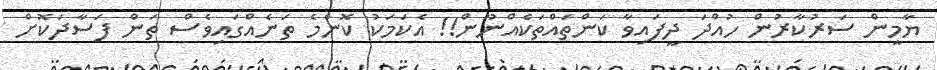
ޔާމީން ސަރުކާރުން ހުއްދަ ދީފައިވާ ކަންތައްތަކެއްނޫން!! އެކަމަކު ކޮންމެ ތަނެއްގައިވެސް ތަން ފަސާދަކޮށް